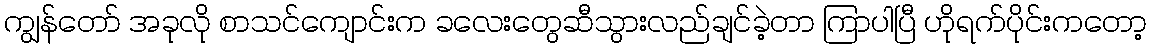
ကျွန်တော် အခုလို စာသင်ကျောင်းက ခလေးတွေဆီသွားလည်ချင်ခဲ့တာ ကြာပါပြီ ဟိုရက်ပိုင်းကတော့